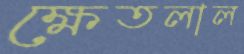
ক্ষেতলাল